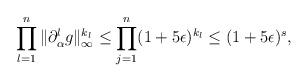
LaTeX: \begin{align*} \prod_{l=1}^n\|\partial_{\alpha}^lg\|_{\infty}^{k_l}\leq \prod_{j=1}^n (1+5\epsilon)^{k_l}\leq (1+5\epsilon)^s,\end{align*}